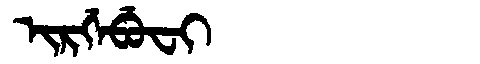
Manchu: ᡳᡵᡤᡝᠪᡠᠸᡳ
Romanization: IRGEBUFI